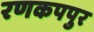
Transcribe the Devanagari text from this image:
रणकपपुर